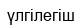
үлгілегіш